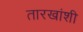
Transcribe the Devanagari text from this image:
तारखांशी